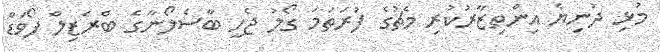
މުޅި ދުނިޔެ އިންތިޒާރުކުރި މެޗުގެ ފުރަތަމަ ގޯލު ޖެހީ ބާސެލޯނާގެ ބްރެޒިލް ފޯވަޑް